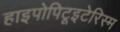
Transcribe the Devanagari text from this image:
हाइपोपिटूइटेरिस्म